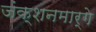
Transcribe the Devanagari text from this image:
जंक्शनमार्गे